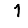
Digit: 1